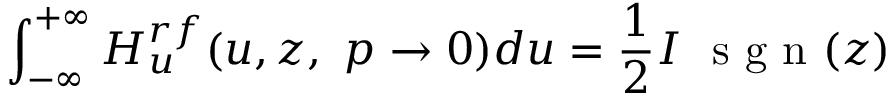
\int _ { - \infty } ^ { + \infty } H _ { u } ^ { r f } ( u , z , ~ p \rightarrow 0 ) d u = \frac { 1 } { 2 } I ~ \textrm { s g n } ( z )